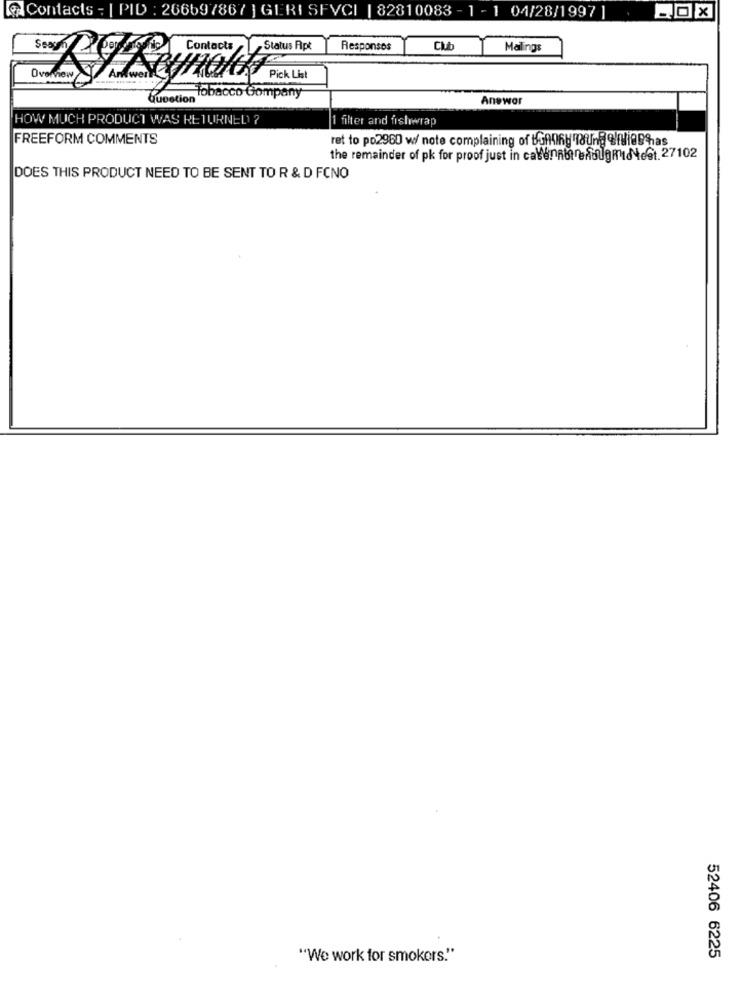
Contacts - | PID : 266697867 ] GERI SFVCI | 82810083 - 1 - 1 04/28/1997 |
,Status Apt
Responses
CM
Malings
Overnew
Pick List
Question
Tobacco Company
Anewor
HOW MUCH PRODUCT WAS RETURNED ?
1 filter and fishwrap
FREEFORM COMMENTS
ret to po2960 w/ note complaining of Bonnny ong onihas
the remainder of pk for proof just in catenabrefolgRINtest. 27102
DOES THIS PRODUCT NEED TO BE SENT TO R & D FCNO
"We work for smokers."
52406 6225